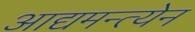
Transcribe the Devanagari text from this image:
आद्यमन्त्येन